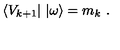
\langle V _ { k + 1 } | \ | \omega \rangle = m _ { k } \ .